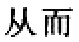
从而